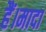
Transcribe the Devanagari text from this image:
हैं।मादा